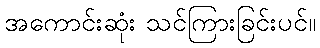
အကောင်းဆုံး သင်ကြားခြင်းပင်။